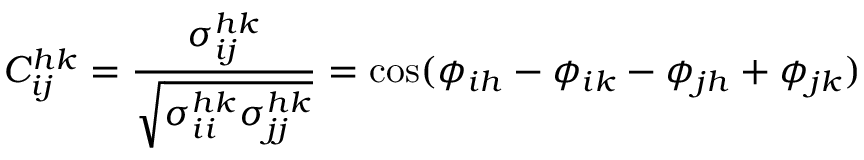
C _ { i j } ^ { h k } = \frac { \sigma _ { i j } ^ { h k } } { \sqrt { \sigma _ { i i } ^ { h k } \sigma _ { j j } ^ { h k } } } = \cos ( \phi _ { i h } - \phi _ { i k } - \phi _ { j h } + \phi _ { j k } )